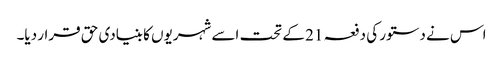
اس نے دستور کی دفعہ 21 کے تحت اسے شہریوں کا بنیادی حق قرار دیا۔